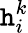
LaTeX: \mathtt{h}_{i}^{k}